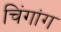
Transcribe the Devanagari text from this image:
चिंगांग